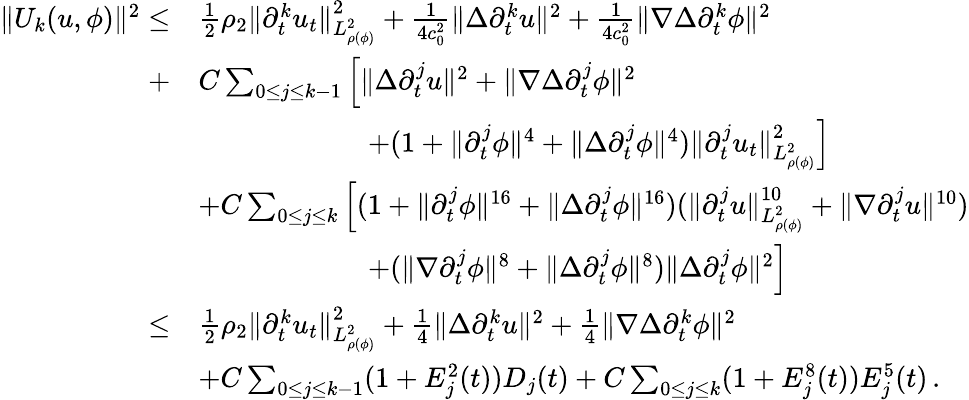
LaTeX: \begin{array}{rl}{\| U_{k}(u,\phi)\| ^{2}\leq}&{\frac{1}{2}\rho_{2}\| \partial_{t}^{k}u_{t}\| _{L_{\rho(\phi)}^{2}}^{2}+\frac{1}{4c_{0}^{2}}\| \Delta\partial_{t}^{k}u\| ^{2}+\frac{1}{4c_{0}^{2}}\| \nabla\Delta\partial_{t}^{k}\phi\| ^{2}}\\ {+}&{C\sum_{0\leq j\leq k-1}\Big[\| \Delta\partial_{t}^{j}u\| ^{2}+\| \nabla\Delta\partial_{t}^{j}\phi\| ^{2}}\\ &{\qquad\qquad\qquad+(1+\| \partial_{t}^{j}\phi\| ^{4}+\| \Delta\partial_{t}^{j}\phi\| ^{4})\| \partial_{t}^{j}u_{t}\| _{L_{\rho(\phi)}^{2}}^{2}\Big]}\\ &{+C\sum_{0\leq j\leq k}\Big[(1+\| \partial_{t}^{j}\phi\| ^{16}+\| \Delta\partial_{t}^{j}\phi\| ^{16})(\| \partial_{t}^{j}u\| _{L_{\rho(\phi)}^{2}}^{10}+\| \nabla\partial_{t}^{j}u\| ^{10})}\\ &{\qquad\qquad\qquad+(\| \nabla\partial_{t}^{j}\phi\| ^{8}+\| \Delta\partial_{t}^{j}\phi\| ^{8})\| \Delta\partial_{t}^{j}\phi\| ^{2}\Big]}\\ {\leq}&{\frac{1}{2}\rho_{2}\| \partial_{t}^{k}u_{t}\| _{L_{\rho(\phi)}^{2}}^{2}+\frac{1}{4}\| \Delta\partial_{t}^{k}u\| ^{2}+\frac{1}{4}\| \nabla\Delta\partial_{t}^{k}\phi\| ^{2}}\\ &{+C\sum_{0\leq j\leq k-1}(1+E_{j}^{2}(t))D_{j}(t)+C\sum_{0\leq j\leq k}(1+E_{j}^{8}(t))E_{j}^{5}(t)\, .}\end{array}